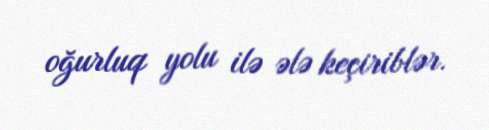
oğurluq yolu ilə ələ keçiriblər.